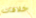
خلافات